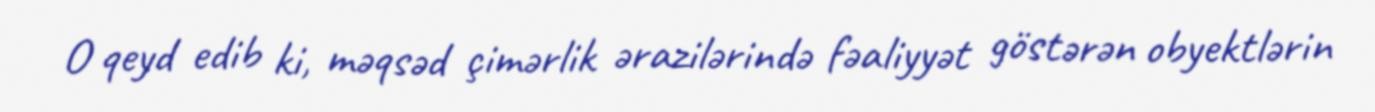
O qeyd edib ki, məqsəd çimərlik ərazilərində fəaliyyət göstərən obyektlərin